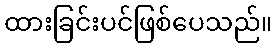
ထားခြင်းပင်ဖြစ်ပေသည်။